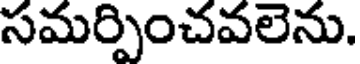
సమర్పించవలెను.